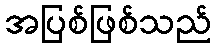
အပြစ်ဖြစ်သည်